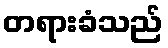
တရားခံသည်